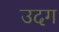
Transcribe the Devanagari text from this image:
उदग